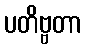
ပတိဗ္ဗတာ